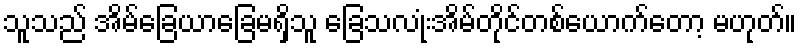
သူသည် အိမ်ခြေယာခြေမရှိသူ ခြေသလုံးအိမ်တိုင်တစ်ယောက်တော့ မဟုတ်။